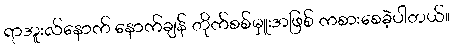
ရာအူးလ်နောက် နောက်ချန် တိုက်စစ်မှူးအဖြစ် ကစားစေခဲ့ပါတယ်။